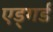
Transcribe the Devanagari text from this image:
एड्गर्ड